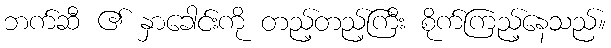
ဘက်ဆီ ၏ နှာခေါင်းကို တည့်တည့်ကြီး စိုက်ကြည့်နေသည်။